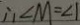
\therefore \angle M = \angle 1